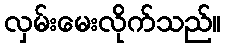
လှမ်းမေးလိုက်သည်။